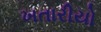
ખતારીયો